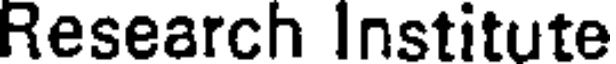
Research Institute